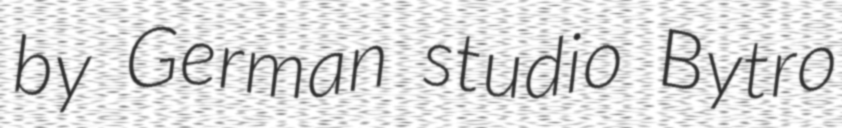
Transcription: by German studio Bytro